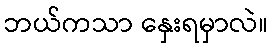
ဘယ်ကသာ နှေးရမှာလဲ။